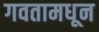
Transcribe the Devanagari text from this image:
गवतामधून